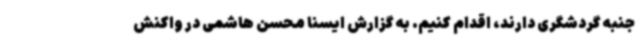
جنبه گردشگری دارند، اقدام کنیم. به گزارش ایسنا محسن هاشمی در واکنش